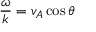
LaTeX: { \frac { \omega } { k } } = v _ { A } \cos \theta